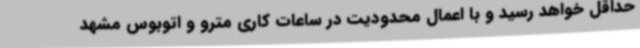
حداقل خواهد رسید و با اعمال محدودیت در ساعات کاری مترو و اتوبوس مشهد